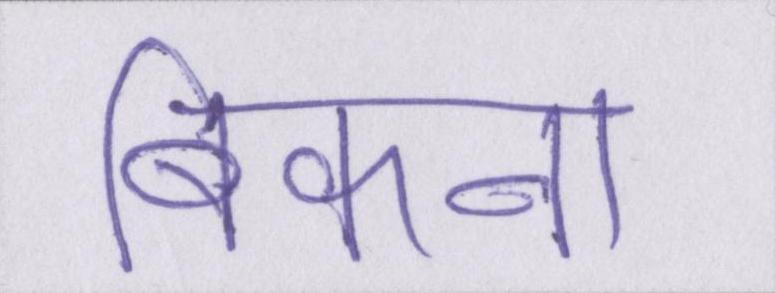
बिकना